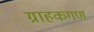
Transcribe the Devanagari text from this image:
ग्राहकगण